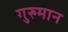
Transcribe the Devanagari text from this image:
गुरुमान